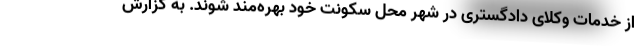
از خدمات وکلای دادگستری در شهر محل سکونت خود بهره‌مند شوند. به گزارش